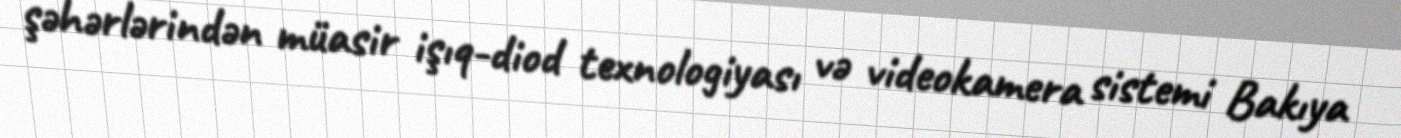
şəhərlərindən müasir işıq-diod texnologiyası və videokamera sistemi Bakıya